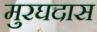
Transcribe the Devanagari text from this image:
मुरघदास